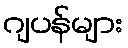
ဂျပန်များ